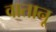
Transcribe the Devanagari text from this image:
वातानू